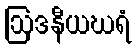
ဩဒနီယဃရံ